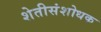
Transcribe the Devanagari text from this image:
शेतीसंशोधक